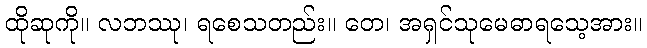
ထိုဆုကို။ လဘဿု၊ ရစေသတည်း။ တေ၊ အရှင်သုမေဓာရသေ့အား။